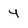
Character: 4